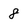
Character: 8